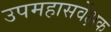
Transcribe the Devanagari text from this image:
उपमहासर्वेक्षक